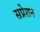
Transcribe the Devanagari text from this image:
सप्रेशन